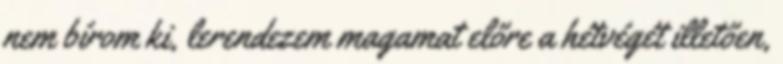
nem bírom ki, lerendezem magamat előre a hétvégét illetően,